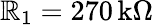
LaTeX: \mathbb{R}_{1}=270\, \mathrm{{k\Omega}}